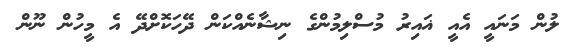
ލުން މަނައީ އެއީ ޣައިރު މުސްލިމުންގެ ނިޝާނެއްކަން ދޭހަކޮށްދޭ އެ މީހުން ނޫން